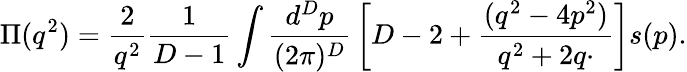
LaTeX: \Pi(q^{2})={\frac{2}{q^{2}}}{\frac{1}{D-1}}\int{\frac{d^{D}p}{(2\pi)^{D}}}\left[D-2+{\frac{(q^{2}-4p^{2})}{q^{2}+2q\cdotp}}\right]s(p).